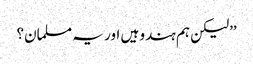
’’لیکن ہم ہندو ہیں اور یہ مسلمان؟